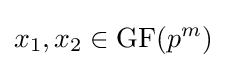
x_{1},x_{2}\in \mathrm {GF} (p^{m})